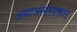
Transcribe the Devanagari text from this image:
अब्दअलग़फ़्फ़ार